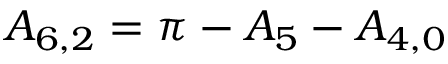
{ A _ { 6 , 2 } } = \pi - { A _ { 5 } } - { A _ { 4 , 0 } }